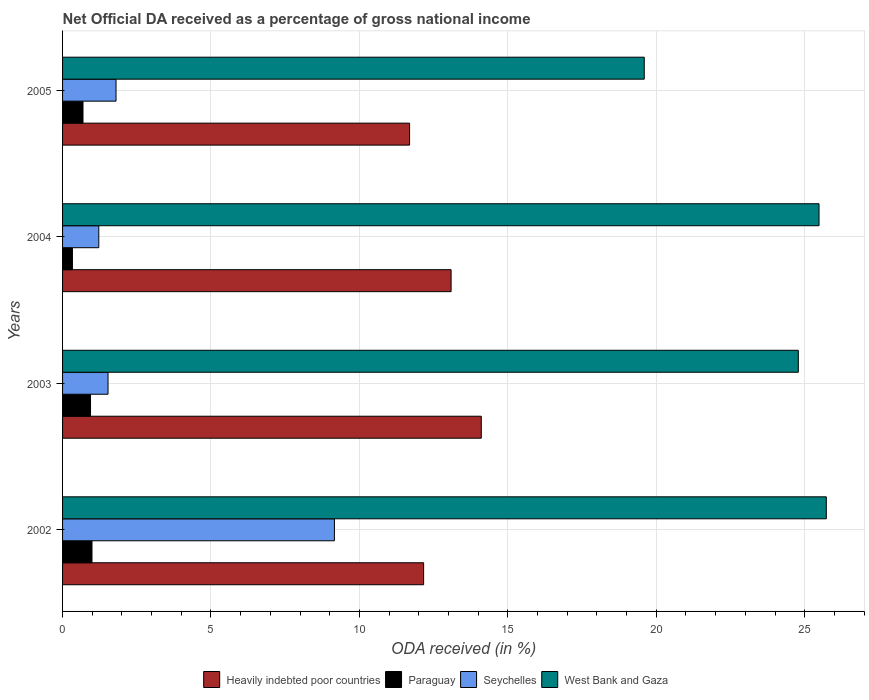
| Years | Heavily indebted poor countries | Paraguay | Seychelles | West Bank and Gaza |
 | --- | --- | --- | --- | --- |
 | 2002 | 12.2 | 0.991 | 9.16 | 25.7 |
 | 2003 | 14.1 | 0.942 | 1.53 | 24.8 |
 | 2004 | 13.1 | 0.332 | 1.22 | 25.5 |
 | 2005 | 11.7 | 0.688 | 1.8 | 19.6 |